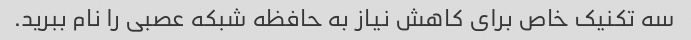
سه تکنیک خاص برای کاهش نیاز به حافظه شبکه عصبی را نام ببرید.